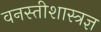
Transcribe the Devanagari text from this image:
वनस्तीशास्त्रज्ञ